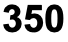
350